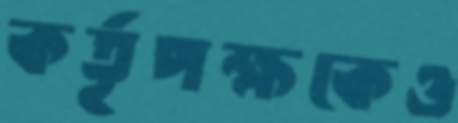
কর্তৃপক্ষকেও